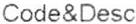
CODE&DESC